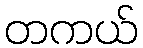
တကယ်